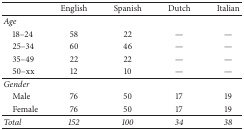
|  | English | Spanish | Dutch | Italian |
 | --- | --- | --- | --- | --- |
 | Age |  |  |  |  |
 | 18–24 | 58 | 22 | — | — |
 | 25–34 | 60 | 46 | — | — |
 | 35–49 | 22 | 22 | — | — |
 | 50–xx | 12 | 10 | — | — |
 | Gender |  |  |  |  |
 | Male | 76 | 50 | 17 | 19 |
 | Female | 76 | 50 | 17 | 19 |
 | Total | 152 | 100 | 34 | 38 |